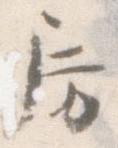
房